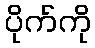
ပိုက်ကို